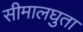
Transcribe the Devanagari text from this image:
सीमालघुता